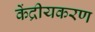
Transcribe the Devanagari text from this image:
केंद्रीयकरण